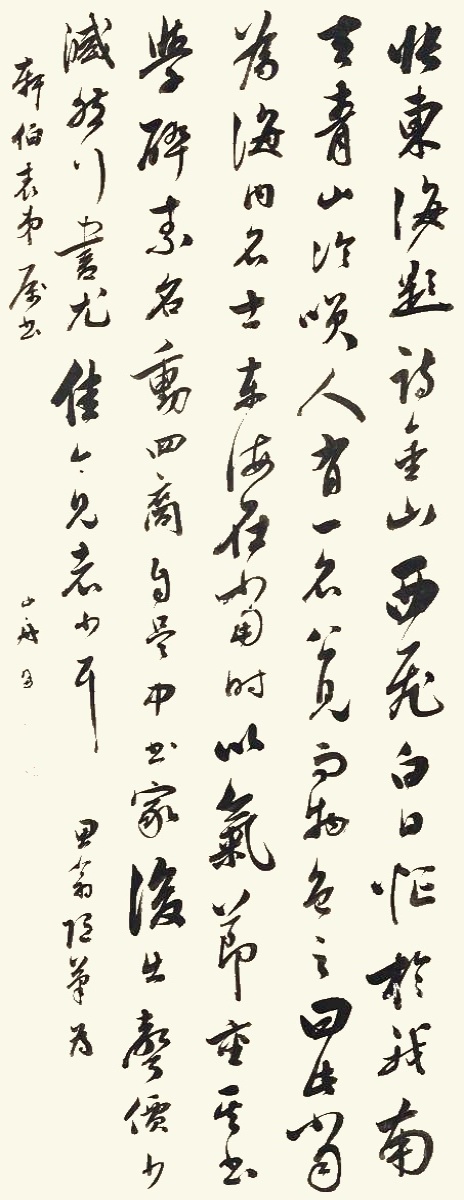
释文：张东海题诗金山，西飞白日忙于我，南去青山冷笑人。有一名公见而物色之曰，此当为海内名士。东海在当时以气节重，其书学醉素，名动四裔。自吴中书家后出，声价稍减，然行书尤佳。今见者少耳。思翁随笔，为轩伯表弟属书，山舟同书。